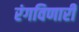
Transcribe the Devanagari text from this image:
रंगविणारी